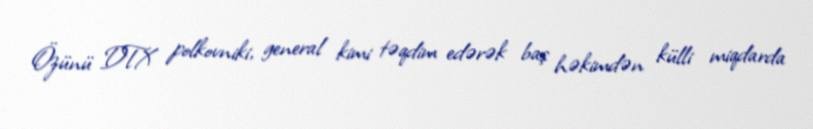
Özünü DTX polkovniki, general kimi təqdim edərək baş həkimdən külli miqdarda